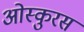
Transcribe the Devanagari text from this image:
ओस्कुरस